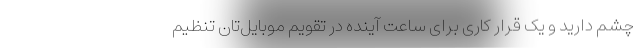
چشم دارید و یک قرار کاری برای ساعت آینده در تقویم موبایل‌تان تنظیم